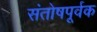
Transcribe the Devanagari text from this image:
संतोषपूर्वक